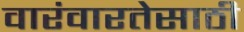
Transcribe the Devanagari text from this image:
वारंवारतेसाठी